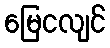
မြေငလျင်